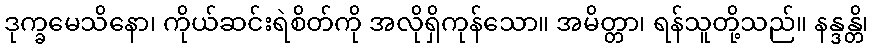
ဒုက္ခမေသိနော၊ ကိုယ်ဆင်းရဲစိတ်ကို အလိုရှိကုန်သော။ အမိတ္တာ၊ ရန်သူတို့သည်။ နန္ဒန္တိ၊